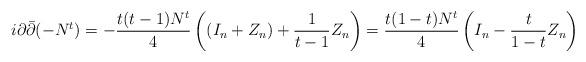
LaTeX: \begin{align*}i\partial\bar\partial (-N^{t})&=-\frac{t(t-1)N^{t}}{4}\left((I_n+Z_n)+\frac{1}{t-1}Z_n\right)=\frac{t(1-t)N^{t}}{4}\left(I_n-\frac{t}{1-t}Z_n\right)\end{align*}